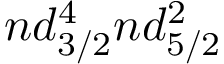
n d _ { 3 / 2 } ^ { 4 } n d _ { 5 / 2 } ^ { 2 }